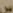
س